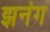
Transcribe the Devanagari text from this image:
झनंग